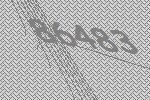
86483